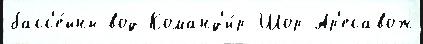
басс'е́йны вод Команд'и́р-Шор Ар'есавож